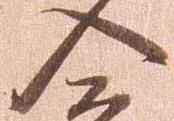
入